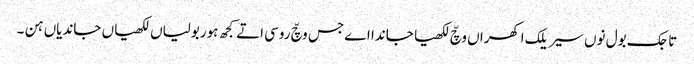
تاجک بول نوں سیریلک اکھراں وچّ لکھیا جاندا اے جس وچّ روسی اتے کجھ ہوربولیاں لکھیاں جاندیاں ہن ۔